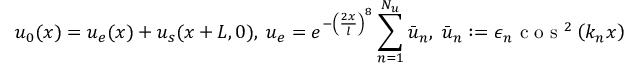
u _ { 0 } ( x ) = { u } _ { e } ( x ) + u _ { s } ( x + L , 0 ) , \; u _ { e } = e ^ { - \left( \frac { 2 x } { l } \right) ^ { 8 } } \sum _ { n = 1 } ^ { N _ { u } } \bar { u } _ { n } , \; \bar { u } _ { n } : = \epsilon _ { n } \mathrm { ~ c ~ o ~ s ~ } ^ { 2 } \left( k _ { n } x \right)